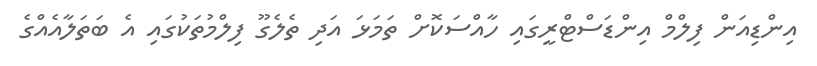
އިންޑިއަން ފިލްމް އިންޑަސްޓްރީގައި ހާއްސަކޮށް ތަމަޅަ އަދި ތެލެގޫ ފިލްމުތަކުގައި އެ ބަތަލާއެއްގެ